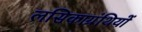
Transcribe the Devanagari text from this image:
लसिकाग्रंथियों